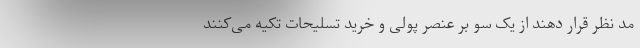
مد نظر قرار دهند از یک سو بر عنصر پولی و خرید تسلیحات تکیه می‌کنند